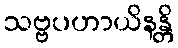
သဗ္ဗပဟာယိနန္တိ